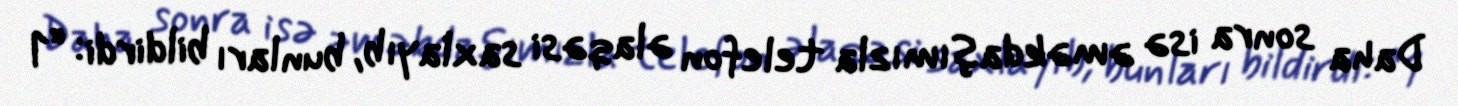
Daha sonra isə əməkdaşımızla telefon əlaqəsi saxlayıb, bunları bildirdi: “1